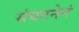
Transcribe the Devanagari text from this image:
संघटनेनं